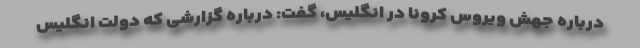
درباره جهش ویروس کرونا در انگلیس، گفت: درباره گزارشی که دولت انگلیس